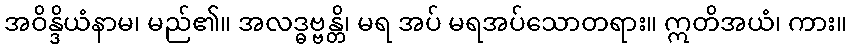
အဝိန္ဒိယံနာမ၊ မည်၏။ အလဒ္ဓဗ္ဗန္တိ၊ မရ အပ် မရအပ်သောတရား။ ဣတိအယံ၊ ကား။